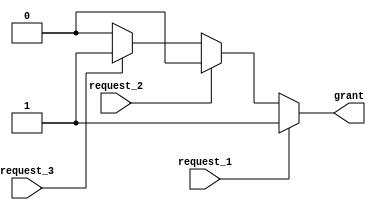
module priority_arbiter (
  input wire request_1,
  input wire request_2,
  input wire request_3,
  output reg grant
);

always @* begin
  if (request_1) begin
    grant = 1;
  end else if (request_2) begin
    grant = 2;
  end else if (request_3) begin
    grant = 3;
  end else begin
    grant = 0;
  end
end

endmodule